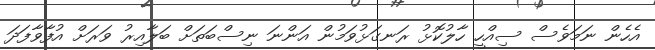
އެހެން ނަމަވެސް ސިއްހީ ހާލުކޮޅު ރަނގަޅުވަމުން އަންނަ ނިސްބަތަށް ބަލާއިރު ވަރަށް އުފާވާފަދަ